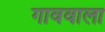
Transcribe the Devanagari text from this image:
गाववाला